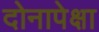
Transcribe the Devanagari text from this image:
दोनापेक्षा